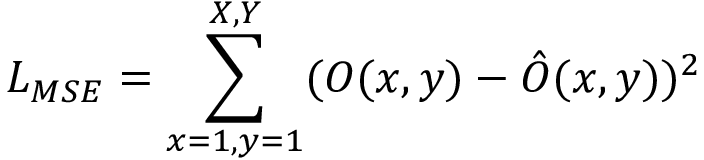
L _ { M S E } = \sum _ { x = 1 , y = 1 } ^ { X , Y } ( O ( x , y ) - \hat { O } ( x , y ) ) ^ { 2 }